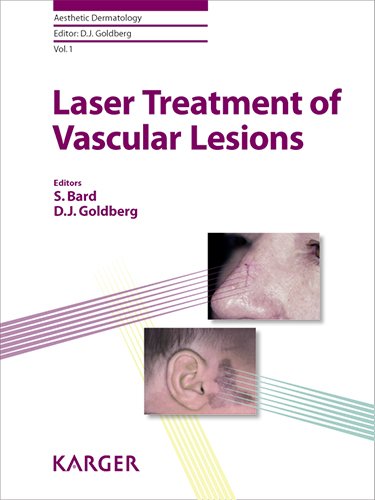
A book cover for Laser Treatment of Vascular Lesions (Aesthetic Dermatology, Vol. 1); Medical Books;